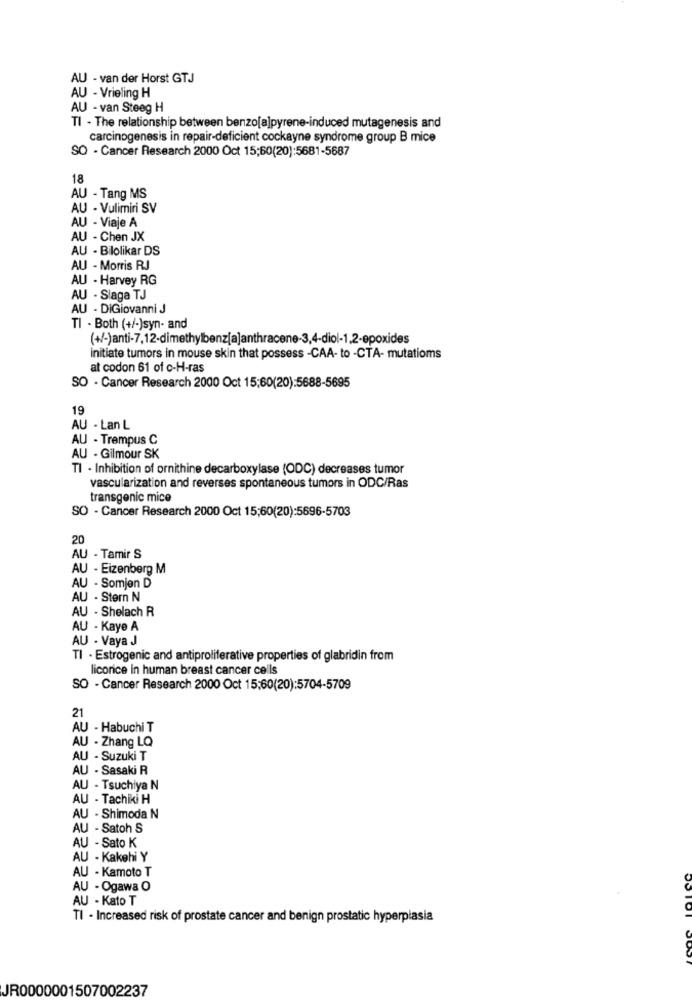
AU - van der Horst GTJ
AU - Vrieling H
AU - van Steeg H
TI - The relationship between benzo[a]pyrene-induced mutagenesis and
carcinogenesis in repair-deficient cockayne syndrome group B mice
SO - Cancer Research 2000 Oct 15;60(20):5681-5687
18
AU - Tang MS
AU - Vulimiri SV
AU - Viaje A
AU - Chen JX
AU - Bilolikar DS
AU - Morris RJ
AU - Harvey RG
AU - Slaga TJ
AU - DiGiovanni J
TI - Both (+/-)syn- and
(+/-)anti-7,12-dimethylbenz[a]anthracene-3,4-diol-1,2-epoxides
initiate tumors in mouse skin that possess -CAA- to -CTA- mutatioms
at codon 61 of c-H-ras
SO - Cancer Research 2000 Oct 15:60(20):5688-5695
19
AU - Lan L
AU - Trempus C
AU - Gilmour SK
TI . Inhibition of ornithine decarboxylase (ODC) decreases tumor
vascularization and reverses spontaneous tumors in ODC/Ras
transgenic mice
SO - Cancer Research 2000 Oct 15;60(20):5696-5703
20
AU - Tamir S
AU - Eizenberg M
AU - Somjen D
AU - Stern N
AU - Shelach R
AU - Kaye A
AU - Vaya J
TI . Estrogenic and antiproliferative properties of glabridin from
licorice in human breast cancer cells
SO - Cancer Research 2000 Oct 15:60(20):5704-5709
21
AU - Habuchi T
AU - Zhang LQ
AU - Suzuki T
AU - Sasaki R
AU - Tsuchiya N
AU - Tachiki H
AU - Shimoda N
AU - Satoh S
AU - Sato K
AU - Kakehi Y
AU - Kamoto T
AU - Ogawa O
AU - Kato T
TI - Increased risk of prostate cancer and benign prostatic hyperplasia
JR0000001507002237